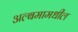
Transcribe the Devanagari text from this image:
अल्बमामधील